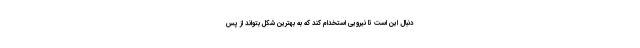
دنبال این است تا نیرویی استخدام کند که به بهترین شکل بتواند از پس